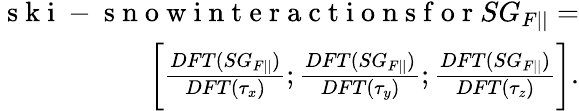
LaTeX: \begin{array}{r}{\mathrm{~s~k~i~-~s~n~o~w~i~n~t~e~r~a~c~t~i~o~n~s~f~o~r~}SG_{F||}=}\\ {\bigg[\frac{DFT(SG_{F||})}{DFT(\tau_{x})};\frac{DFT(SG_{F||})}{DFT(\tau_{y})};\frac{DFT(SG_{F||})}{DFT(\tau_{z})}\bigg].}\end{array}